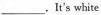
___ .It‘s white